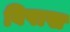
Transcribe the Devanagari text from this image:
विषाख